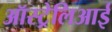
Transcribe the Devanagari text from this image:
ऑस्ट्रेलिआई